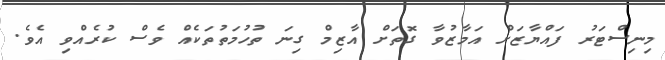
މިނިސްޓަރު ފައްޔާޒަށް އަމާޒުވާ ގޮތަށް އާޒިމް ގިނަ ތުހުމަތުތަކެއް ވެސް ކުރެއްވި އެވެ.